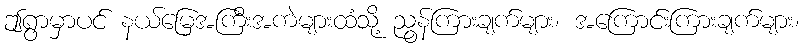
ဤရွာမှာပင် နယ်မြေအကြီးအကဲများထံသို့ ညွန်ကြားချက်များ၊ အကြောင်းကြားချက်များ၊